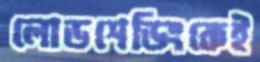
লোডশেডিংকেই